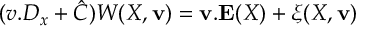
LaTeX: ( v . D _ { x } + \hat { C } ) W ( X , { \mathbf v } ) = { \mathbf v } . { \mathbf E } ( X ) + \xi ( X , { \mathbf v } )